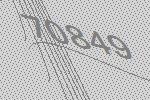
70849